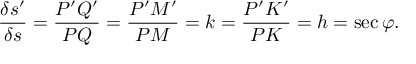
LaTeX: { \frac { \delta s ^ { \prime } } { \delta s } } = { \frac { P ^ { \prime } Q ^ { \prime } } { P Q } } = { \frac { P ^ { \prime } M ^ { \prime } } { P M } } = k = { \frac { P ^ { \prime } K ^ { \prime } } { P K } } = h = \sec \varphi .